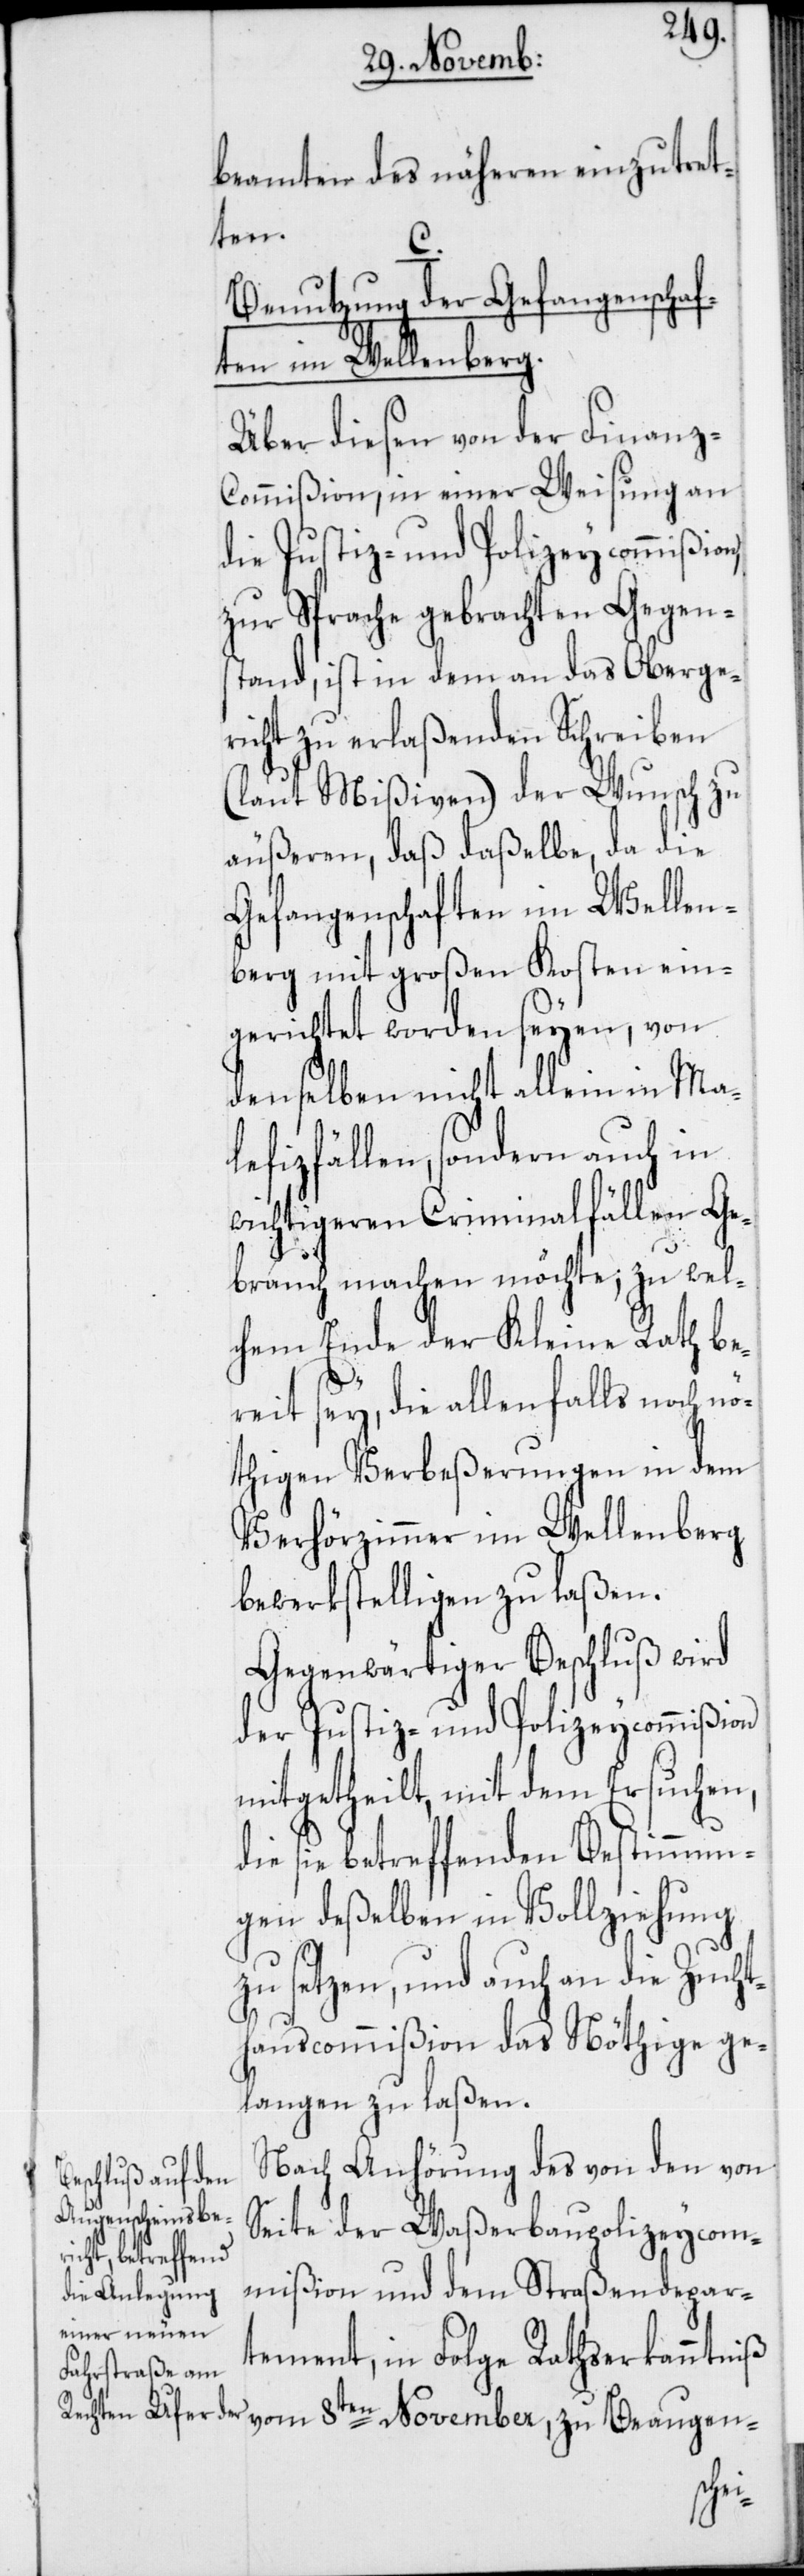
beamten des näheren einzutret¬
ten.
C.
Benutzung der Gefangenschaf¬
ten im Wellenberg.
Über diesen von der Finanz¬
commißion, in einer Weisung an
die Justiz- und Polizeycommißion,
zur Sprache gebrachten Gegens¬
tand, ist in dem an das Oberge¬
richt zu erlaßenden Schreiben
(laut Mißiven) der Wunsch zu
äußeren, daß daßelbe, da die
Gefangenschaften im Wellen¬
berg mit großen Kosten ein¬
gerichtet worden seyen, von
denselben nicht allein in Mal¬
efizfällen, sondern auch in
wichtigeren Criminalfällen Ge¬
brauch machen möchte; zu wel¬
chem Ende der Kleine Rath be¬
reit sey, die allenfalls noch nö¬
thigen Verbeßerungen in dem
Verhörzimmer im Wellenberg
bewerkstelligen zu laßen.
Gegenwärtiger Beschluß wird
der Justiz- und Polizeycommißion
mitgetheilt, mit dem Ersuchen,
die sie betreffenden Bestimmun¬
gen deßelben in Vollziehung
zu setzen, und auch an die Zucht¬
hauscommißion das Nöthige ge¬
langen zu laßen.
Nach Anhörung des von den von
Seite der Waßerbaupolizeycom¬
mißion und dem Straßendepar¬
tement, in Folge Rathserkanntniß
vom 8ten November, zu Beaugen-